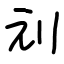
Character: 刓